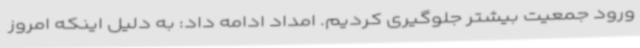
ورود جمعیت بیشتر جلوگیری کردیم. امداد ادامه داد: به دلیل اینکه امروز